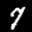
Label: 7